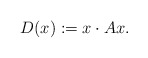
\begin{align*}D(x) := x \cdot A x. \end{align*}